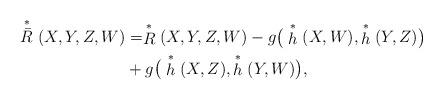
LaTeX: \begin{align*}\stackrel{*}{\bar{R}}(X,Y,Z,W)&=\stackrel{*}{R}(X,Y,Z,W)-g\big(\stackrel{*}{h}(X,W),\stackrel{*}{h}(Y,Z)\big)\\&+g\big(\stackrel{*}{h}(X,Z),\stackrel{*}{h}(Y,W)\big),\end{align*}